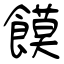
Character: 饃